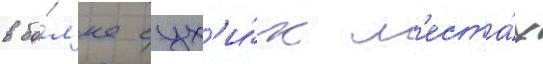
в бо́л'ее сух'и́х м'еста́х